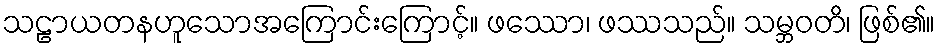
သဠာယတနဟူသောအကြောင်းကြောင့်။ ဖဿော၊ ဖဿသည်။ သမ္ဘဝတိ၊ ဖြစ်၏။